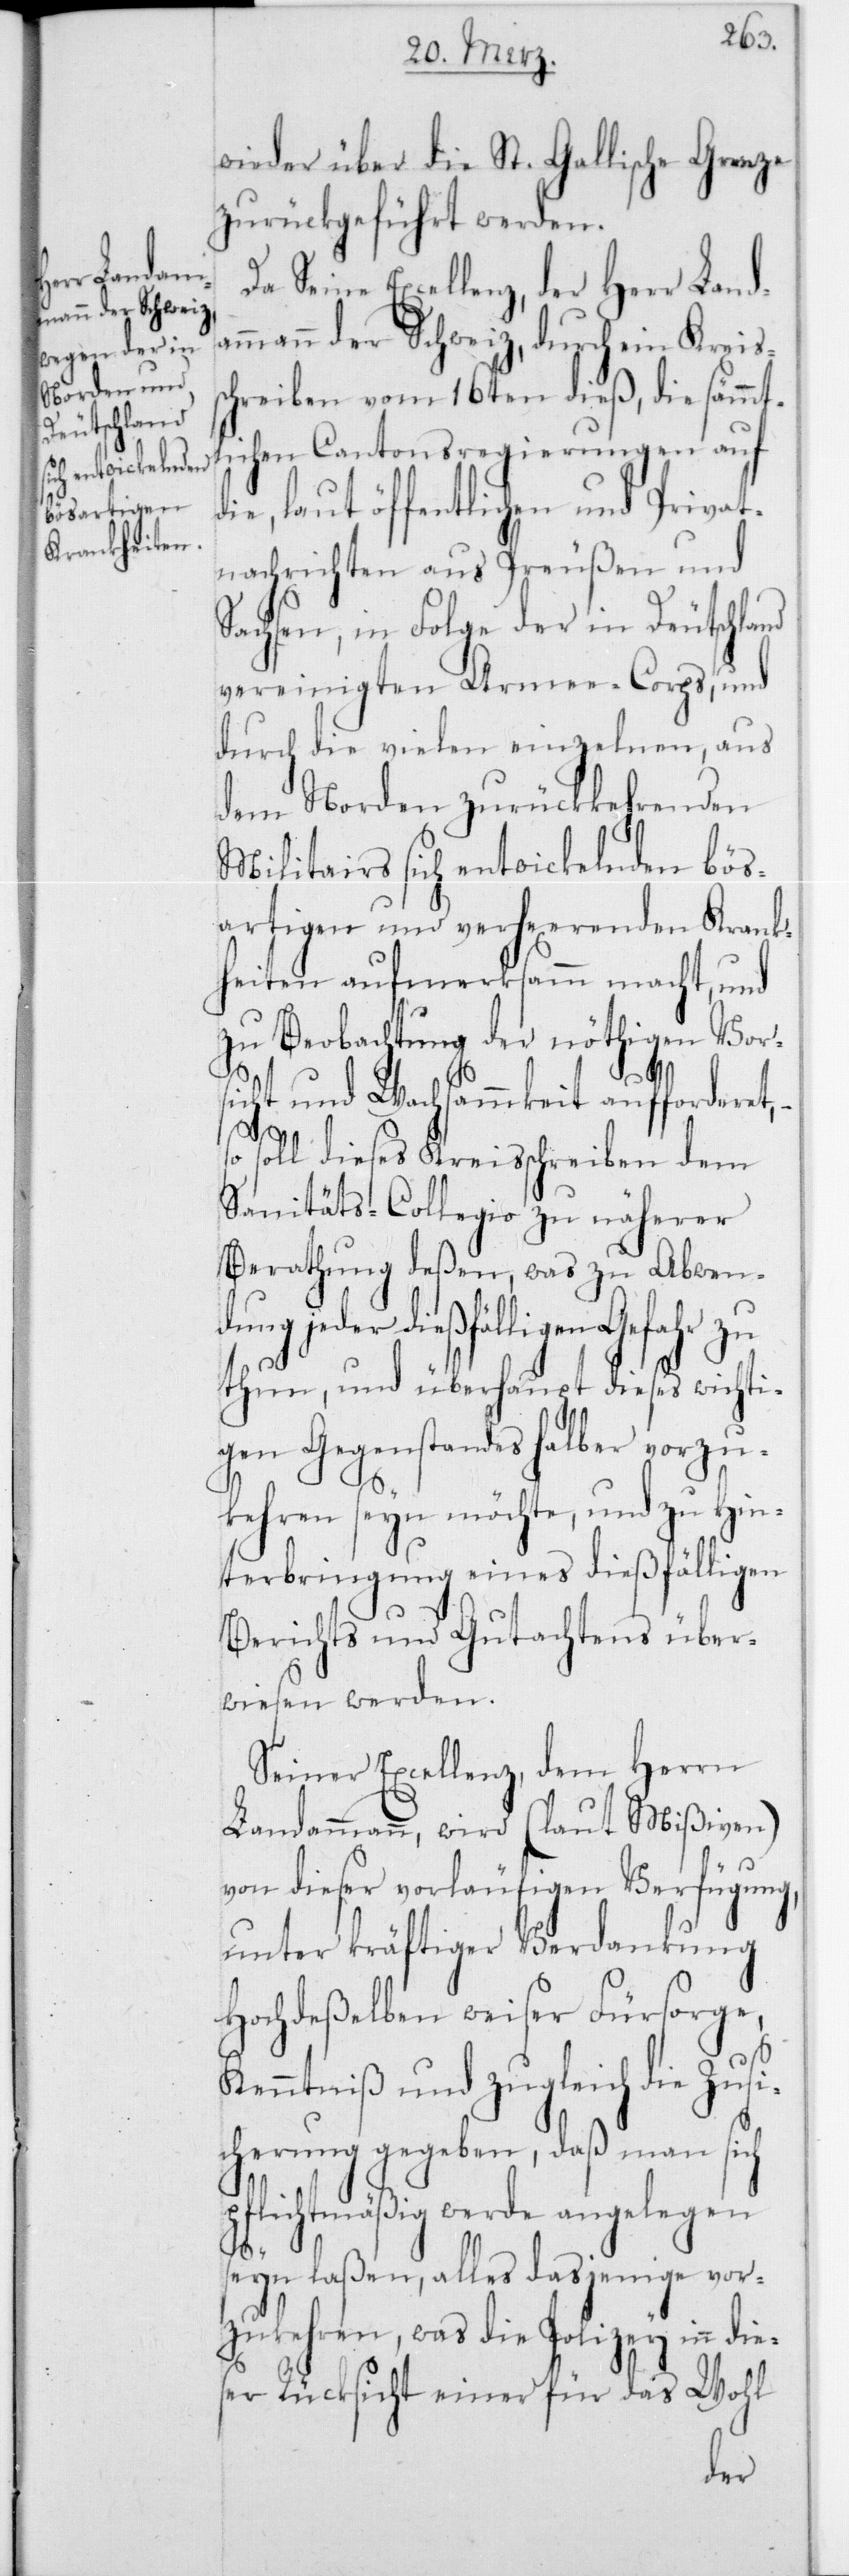
wieder über die St. Gallische Grenze
zurückgeführt werden.
Da Seine Excellenz, der Herr Landa¬
mmann der Schweiz, durch ein Kreis¬
chreiben vom 16ten dieß, die sämmtl¬
ichen Cantonsregierungen auf
ie, laut öffentlichen und Privat¬
nachrichten aus Preußen und
Sachsen, in Folge der in Deutschland
vereinigten Armee-Corps, und
durch die vielen einzelnen, aus
dem Norden zurückkehrenden
Militairs sich entwickelnden bös¬
artigen und verheerenden Krank¬
heiten aufmerksamm macht, und
zu Beobachtung der nöthigen Vors¬
d¬
icht und Wachsammkeit aufforderet, –
soll dieses Kreisschreiben dem
Sanitäts-Collegio zu näherer
Berathung deßen, was zu Abwen¬
dung jeder dießfälligen Gefahr zu
thun, und überhaupt dieses wichti¬
gen Gegenstandes halber vorzu¬
kehren seyn möchte, und zu Hin¬
terbringung eines dießfälligen
Berichts und Gutachtens über¬
wiesen werden.
Seiner Excellenz, dem Herrn
Landammann, wird (laut Mißiven)
von dieser vorläufigen Verfügung,
unter kräftiger Verdankung
Hochdeßelben weiser Fürsorge,
Kenntniß und zugleich die Zusi¬
cherung gegeben, daß man sich
pflichtmäßig werde angelegen
seyn laßen, alles dasjenige vor¬
zukehren, was die Polizey in die¬
ser Rücksicht einer für das Wohl